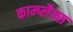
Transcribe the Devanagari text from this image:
काम्प्लैक्स